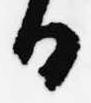
日